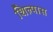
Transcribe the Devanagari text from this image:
शिल्पास